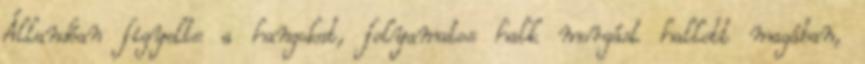
Állandóan figyelte a hangokat, folyamatos halk morgást hallott magában,